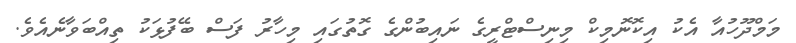
މަމްދޫހުއާ އެކު އިކޮނޮމިކް މިނިސްޓްރީގެ ނައިބުންގެ ގޮތުގައި މިހާރު ފަސް ބޭފުޅަކު ތިއްބަވާނެއެވެ.